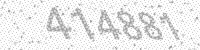
Solution: 414881